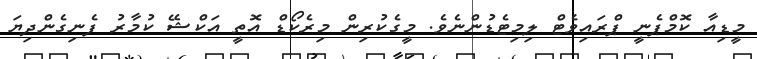
މީޑިއާ ކޮމްޕެނީ ޕްރައިވެޓް ލިމިޓެޑުންނެވެ. މީގެކުރިން މިރެކޯޑް އޮތީ އަކްޝޭ ކުމާރު ފެނިގެންދިޔަ